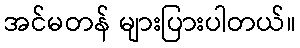
အင်မတန် များပြားပါတယ်။